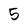
Character: 5